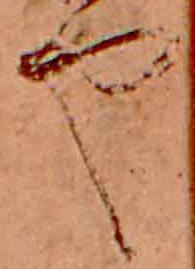
や